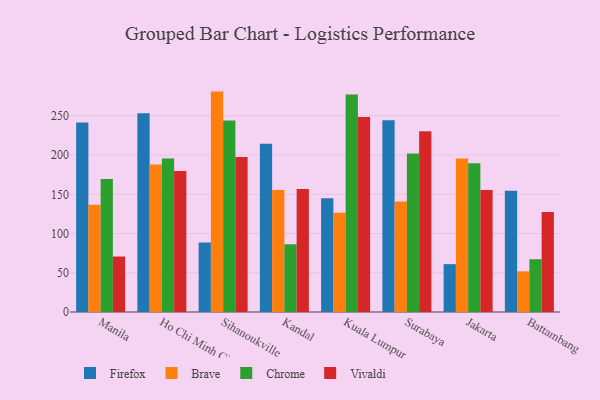
{"axis": {"x": "City", "y": "Churn Rate (%)"}, "legend": ["Brave", "Chrome", "Firefox", "Vivaldi"], "data": [{"x": "Manila", "y": 241.4, "type": "Firefox"}, {"x": "Manila", "y": 136.8, "type": "Brave"}, {"x": "Manila", "y": 169.6, "type": "Chrome"}, {"x": "Manila", "y": 70.7, "type": "Vivaldi"}, {"x": "Ho Chi Minh City", "y": 253.3, "type": "Firefox"}, {"x": "Ho Chi Minh City", "y": 188.1, "type": "Brave"}, {"x": "Ho Chi Minh City", "y": 195.6, "type": "Chrome"}, {"x": "Ho Chi Minh City", "y": 179.8, "type": "Vivaldi"}, {"x": "Sihanoukville", "y": 88.5, "type": "Firefox"}, {"x": "Sihanoukville", "y": 280.9, "type": "Brave"}, {"x": "Sihanoukville", "y": 244.2, "type": "Chrome"}, {"x": "Sihanoukville", "y": 197.4, "type": "Vivaldi"}, {"x": "Kandal", "y": 214.3, "type": "Firefox"}, {"x": "Kandal", "y": 155.5, "type": "Brave"}, {"x": "Kandal", "y": 86.5, "type": "Chrome"}, {"x": "Kandal", "y": 156.8, "type": "Vivaldi"}, {"x": "Kuala Lumpur", "y": 145.1, "type": "Firefox"}, {"x": "Kuala Lumpur", "y": 126.5, "type": "Brave"}, {"x": "Kuala Lumpur", "y": 277.3, "type": "Chrome"}, {"x": "Kuala Lumpur", "y": 248.4, "type": "Vivaldi"}, {"x": "Surabaya", "y": 244.3, "type": "Firefox"}, {"x": "Surabaya", "y": 140.7, "type": "Brave"}, {"x": "Surabaya", "y": 202.1, "type": "Chrome"}, {"x": "Surabaya", "y": 230.4, "type": "Vivaldi"}, {"x": "Jakarta", "y": 61.0, "type": "Firefox"}, {"x": "Jakarta", "y": 195.7, "type": "Brave"}, {"x": "Jakarta", "y": 189.7, "type": "Chrome"}, {"x": "Jakarta", "y": 155.6, "type": "Vivaldi"}, {"x": "Battambang", "y": 154.6, "type": "Firefox"}, {"x": "Battambang", "y": 51.8, "type": "Brave"}, {"x": "Battambang", "y": 67.3, "type": "Chrome"}, {"x": "Battambang", "y": 127.5, "type": "Vivaldi"}]}